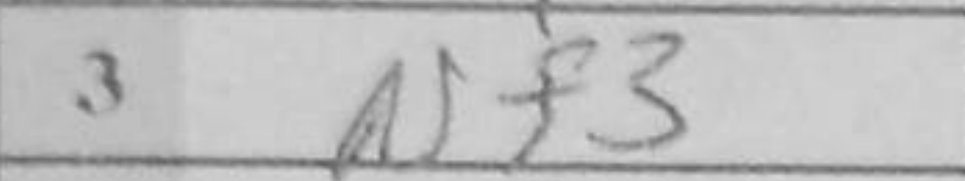
Transcription: Nf3